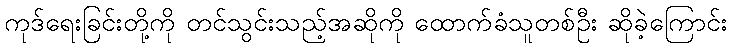
ကုဒ်ရေးခြင်းတို့ကို တင်သွင်းသည့်အဆိုကို ထောက်ခံသူတစ်ဦး ဆိုခဲ့ကြောင်း